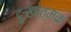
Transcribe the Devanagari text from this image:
दुःखात्मक